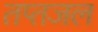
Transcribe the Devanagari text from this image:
तप्तजल